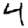
Digit: 4